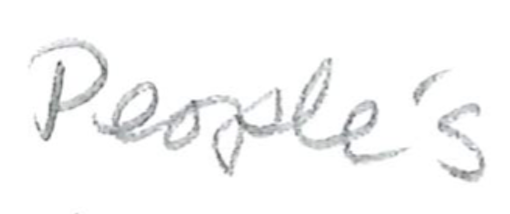
Text: People's
Cross-out: clean
Writing tool: pencil